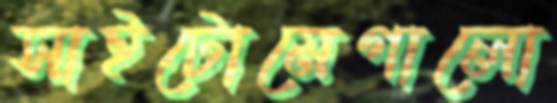
সাইটোমেগালো